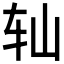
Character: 𫐅